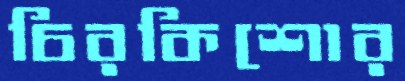
চিরকিশোর